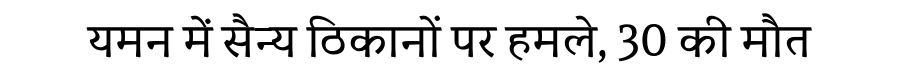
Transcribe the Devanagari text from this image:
यमन में सैन्य ठिकानों पर हमले, 30 की मौत